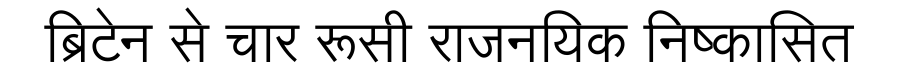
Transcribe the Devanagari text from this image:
ब्रिटेन से चार रूसी राजनयिक निष्कासित